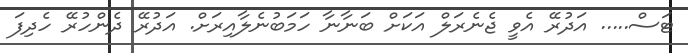
ޓަސް..... އަދުރޭ އެވީ ޖެނެރަލް އަކަށް ބަނާނާ ހަމަބުނެލާއިރަށް. އަދުރޭ ދެންހުރޭ ހެދިފަ